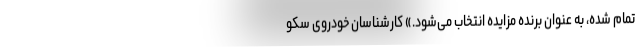
تمام شده، به عنوان برنده مزایده انتخاب می‌شود.» کارشناسان خودروی سکو